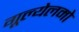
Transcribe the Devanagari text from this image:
गूल्येलमो